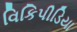
વિકિપીડિયા